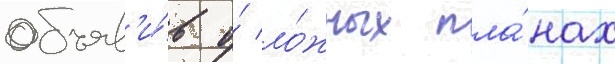
объяв'и́в о́ ло́жных пла́нах